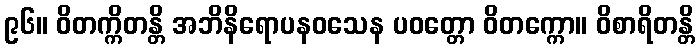
၉၆။ ဝိတက္ကိတန္တိ အဘိနိရောပနဝသေန ပဝတ္တော ဝိတက္ကော။ ဝိစာရိတန္တိ